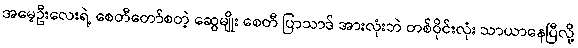
အမေ့ဦးလေးရဲ့ စေတီတော်စတဲ့ ဆွေမျိုး စေတီ ပြာသာဒ် အားလုံးဘဲ တစ်ဝိုင်းလုံး သာယာနေပြီလို့